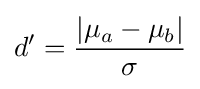
d'={\frac {\left\vert \mu _{a}-\mu _{b}\right\vert }{\sigma }}